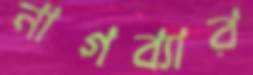
নাগব্যার